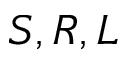
S , R , L